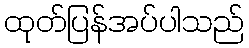
ထုတ်ပြန်အပ်ပါသည်